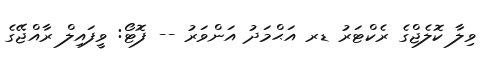
ވިލާ ކޮލެޖްގެ ރެކްޓަރު ޑރ އަޙްމަދު އަންވަރު -- ފޮޓޯ: ވީފައިލް ރާއްޖޭގެ